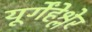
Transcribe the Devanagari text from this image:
यूर्गेंहेश्लेर